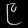
Digit: ၉